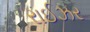
રાઈઝર